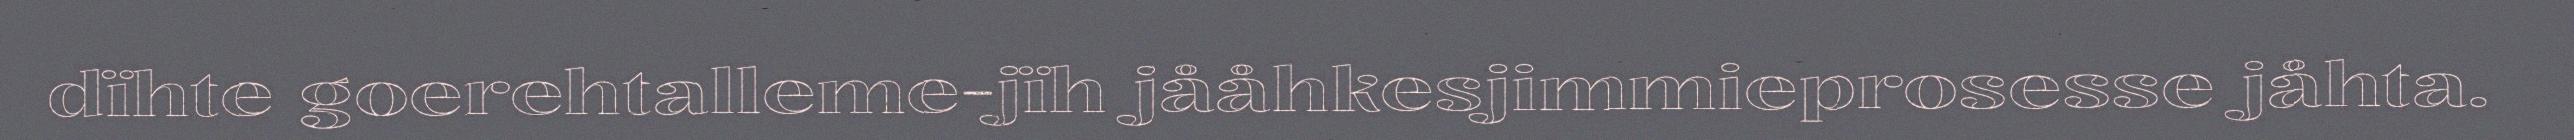
dïhte goerehtalleme-jïh jååhkesjimmieprosesse jåhta.